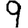
Digit: 9